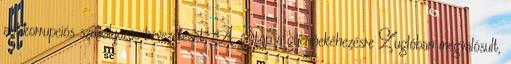
antikorrupciós szabályozás bevezetését. A. Stop a gyermekéhezésre Zuglóban megvalósult,